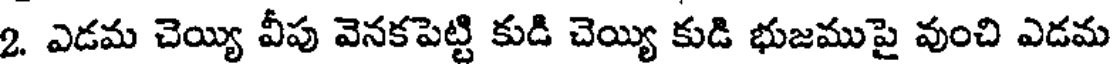
2. ఎడమ చెయ్యి వీపు వెనకపెట్టి కుడి చెయ్యి కుడి భుజముపై వుంచి ఎడమ